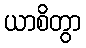
ယာစိတွာ